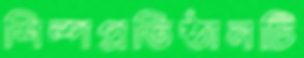
শিল্পপ্রতিষ্ঠানটি